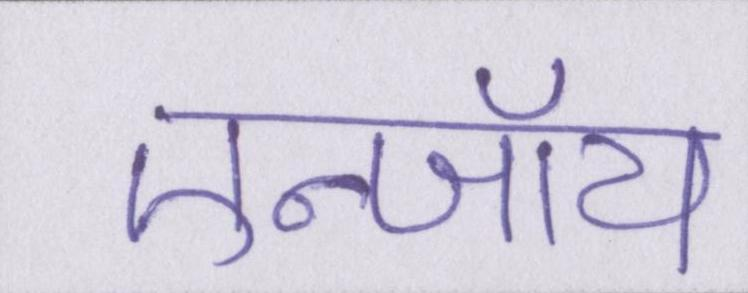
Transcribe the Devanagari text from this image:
एन्जॉय